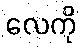
လေကို